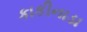
કાકીનાડા